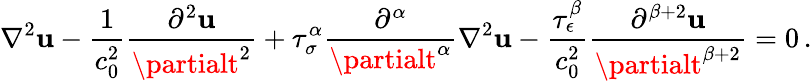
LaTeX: \nabla^{2}\mathbf{u}-{\frac{{1}}{{c_{0}^{2}}}}{\frac{{\partial^{2}\mathbf{u}}}{{\partialt^{2}}}}+\tau_{\sigma}^{\alpha}{\frac{{\partial^{\alpha}}}{{\partialt^{\alpha}}}}\nabla^{2}\mathbf{u}-{\frac{{\tau_{\epsilon}^{\beta}}}{{c_{0}^{2}}}}{\frac{{\partial^{\beta+2}\mathbf{u}}}{{\partialt^{\beta+2}}}}=0\, .